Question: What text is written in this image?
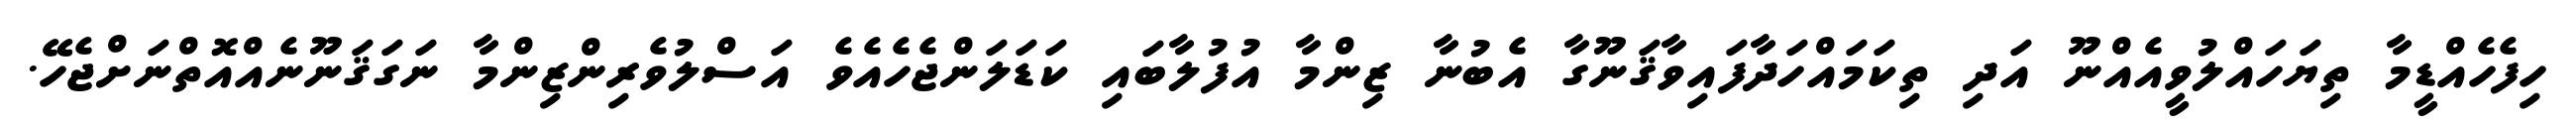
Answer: ހިފެހެއްޑީމާ ތިޔަހައްލުވީއެއްނޫ އަދި ތިކަމައްހަދާފައިވާޤަނޫގާ އެބުނާ ޒިންމާ އުފުލާބައި ކަޑަލަންޖެހެއެވެ އަސްލުވެރިންޒިންމާ ނަގަޤަނޫނެއްއޮތްނަށްޖެހޭ.